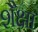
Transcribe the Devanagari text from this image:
शैक्षा